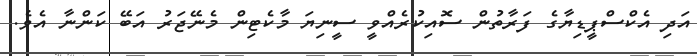
އަދި އެކްސްޕީޑިޔާގެ ފަރާތުން ސޮއިކުރެއްވީ ސީނިޔަ މާކެޓިން މެނޭޖަރު އަބޭ ކަންނާ އެވެ.